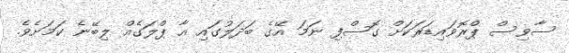
ސާވިސް ޕްރޮވައިޑަރަކަށް ގޮސްފި ނަމަ އޭގެ ބަދަލުގައި އާ ޕްލަގެއް ލިބޭނެ ކަމަށެވެ.